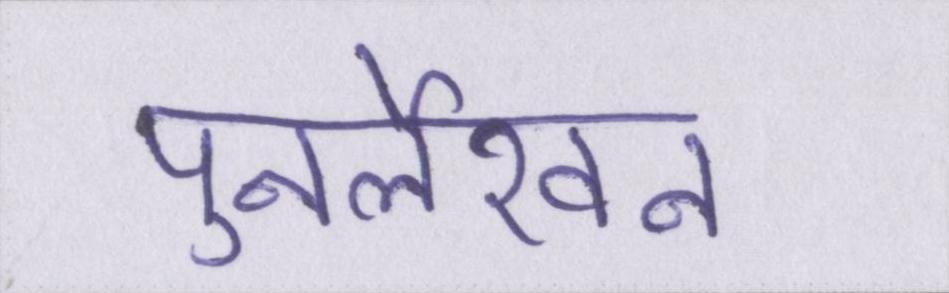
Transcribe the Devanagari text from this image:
पुनर्लेखन